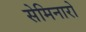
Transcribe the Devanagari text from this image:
सेमिनारो